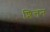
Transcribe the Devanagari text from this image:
शित्तन